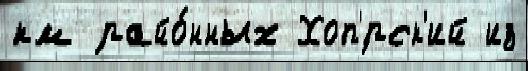
км райо́нных Хоп'́рск'ий из